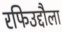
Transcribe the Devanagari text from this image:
रफिउद्दौला